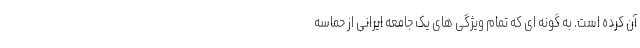
آن کرده است. به گونه ای که تمام ویژگی های یک جامعه ایرانی از حماسه